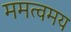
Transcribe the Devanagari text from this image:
ममत्वमय